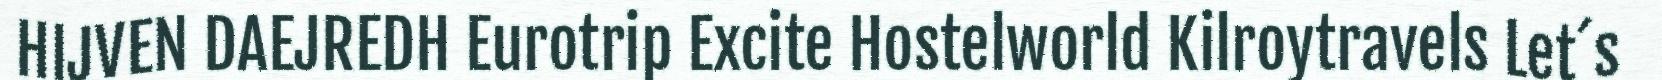
HIJVEN DAEJREDH Eurotrip Excite Hostelworld Kilroytravels Let´s